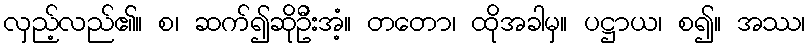
လှည့်လည်၏။ စ၊ ဆက်၍ဆိုဦးအံ့။ တတော၊ ထိုအခါမှ။ ပဋ္ဌာယ၊ စ၍။ အဿ၊